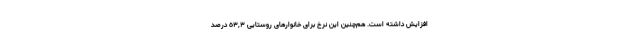
افزایش داشته است. هم‌چنین این نرخ برای خانوارهای روستایی ٥٣,٣ درصد